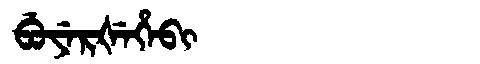
Manchu: ᠪᡠᠶᡝᡵᡧᡝᡥᡝᠪᡳ
Romanization: BUYERŠEHEBI